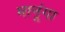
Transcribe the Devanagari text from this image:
मानूंगा